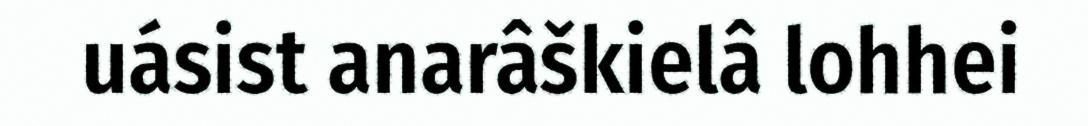
uásist anarâškielâ lohhei